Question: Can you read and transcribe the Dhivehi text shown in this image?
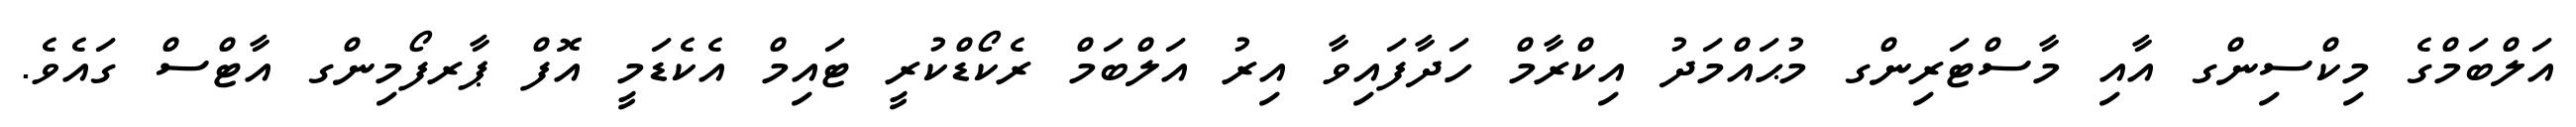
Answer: އަލްބަމްގެ މިކްސިންގ އާއި މާސްޓަރިންގ މުޙައްމަދު އިކްރާމް ހަދާފައިވާ އިރު އަލްބަމް ރެކޯޑްކުރީ ޓައިމް އެކެޑަމީ އޮފް ޕާރފޯމިންގ އާޓްސް ގައެވެ.